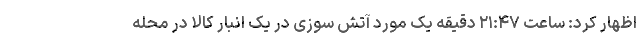
اظهار کرد: ساعت ٢١:۴٧ دقیقه یک مورد آتش سوزی در یک انبار کالا در محله